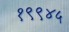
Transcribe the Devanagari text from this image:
१९९४५